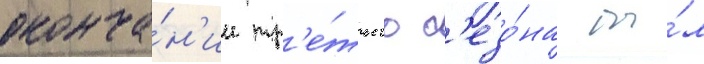
оконча́н'ии тр'е́тьего с'езо́на бы́л